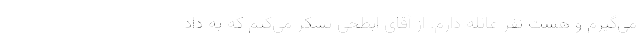
می‌گیرم و هشت نفر عائله دارم. از آقای ابطحی تشکر می‌کنم که به داد